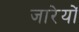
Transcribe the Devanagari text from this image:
जारेयों